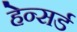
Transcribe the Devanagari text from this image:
हेन्सर्ड